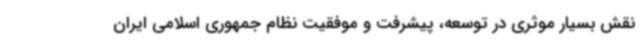
نقش بسیار موثری در توسعه، پیشرفت و موفقیت نظام جمهوری اسلامی ایران